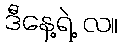
ဒီနေ့ရဲ့ လ။